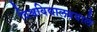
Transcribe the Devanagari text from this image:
विश्वविद्यालयवाले